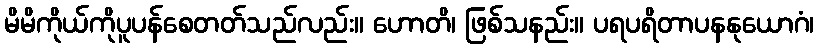
မိမိကိုယ်ကိုပူပန်စေတတ်သည်လည်း။ ဟောတိ၊ ဖြစ်သနည်း။ ပရပရိတာပနနုယောဂံ၊